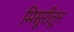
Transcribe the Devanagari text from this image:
मिसूरीतून